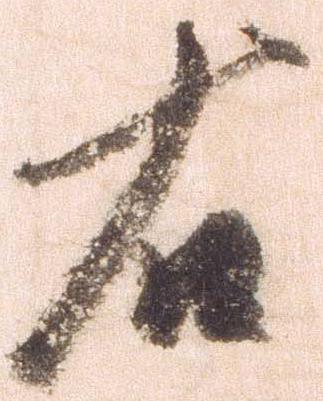
右